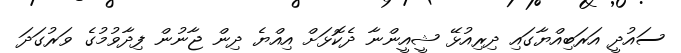
ސައުދީ އަރަބިއްޔާގައި ދިރިއުޅޭ ޝީއީންނާ ދެކޮޅަށް އިއްޔެ ދިން ޖާނުން ފިދާވުމުގެ ވަރުގަދަ